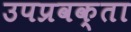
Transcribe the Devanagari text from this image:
उपप्रवक्ता